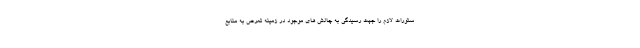
ستورات لازم را جهت رسیدگی به چالش های موجود در زمینه تعرض به منابع